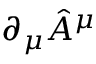
\partial _ { \mu } { \hat { A } } ^ { \mu }